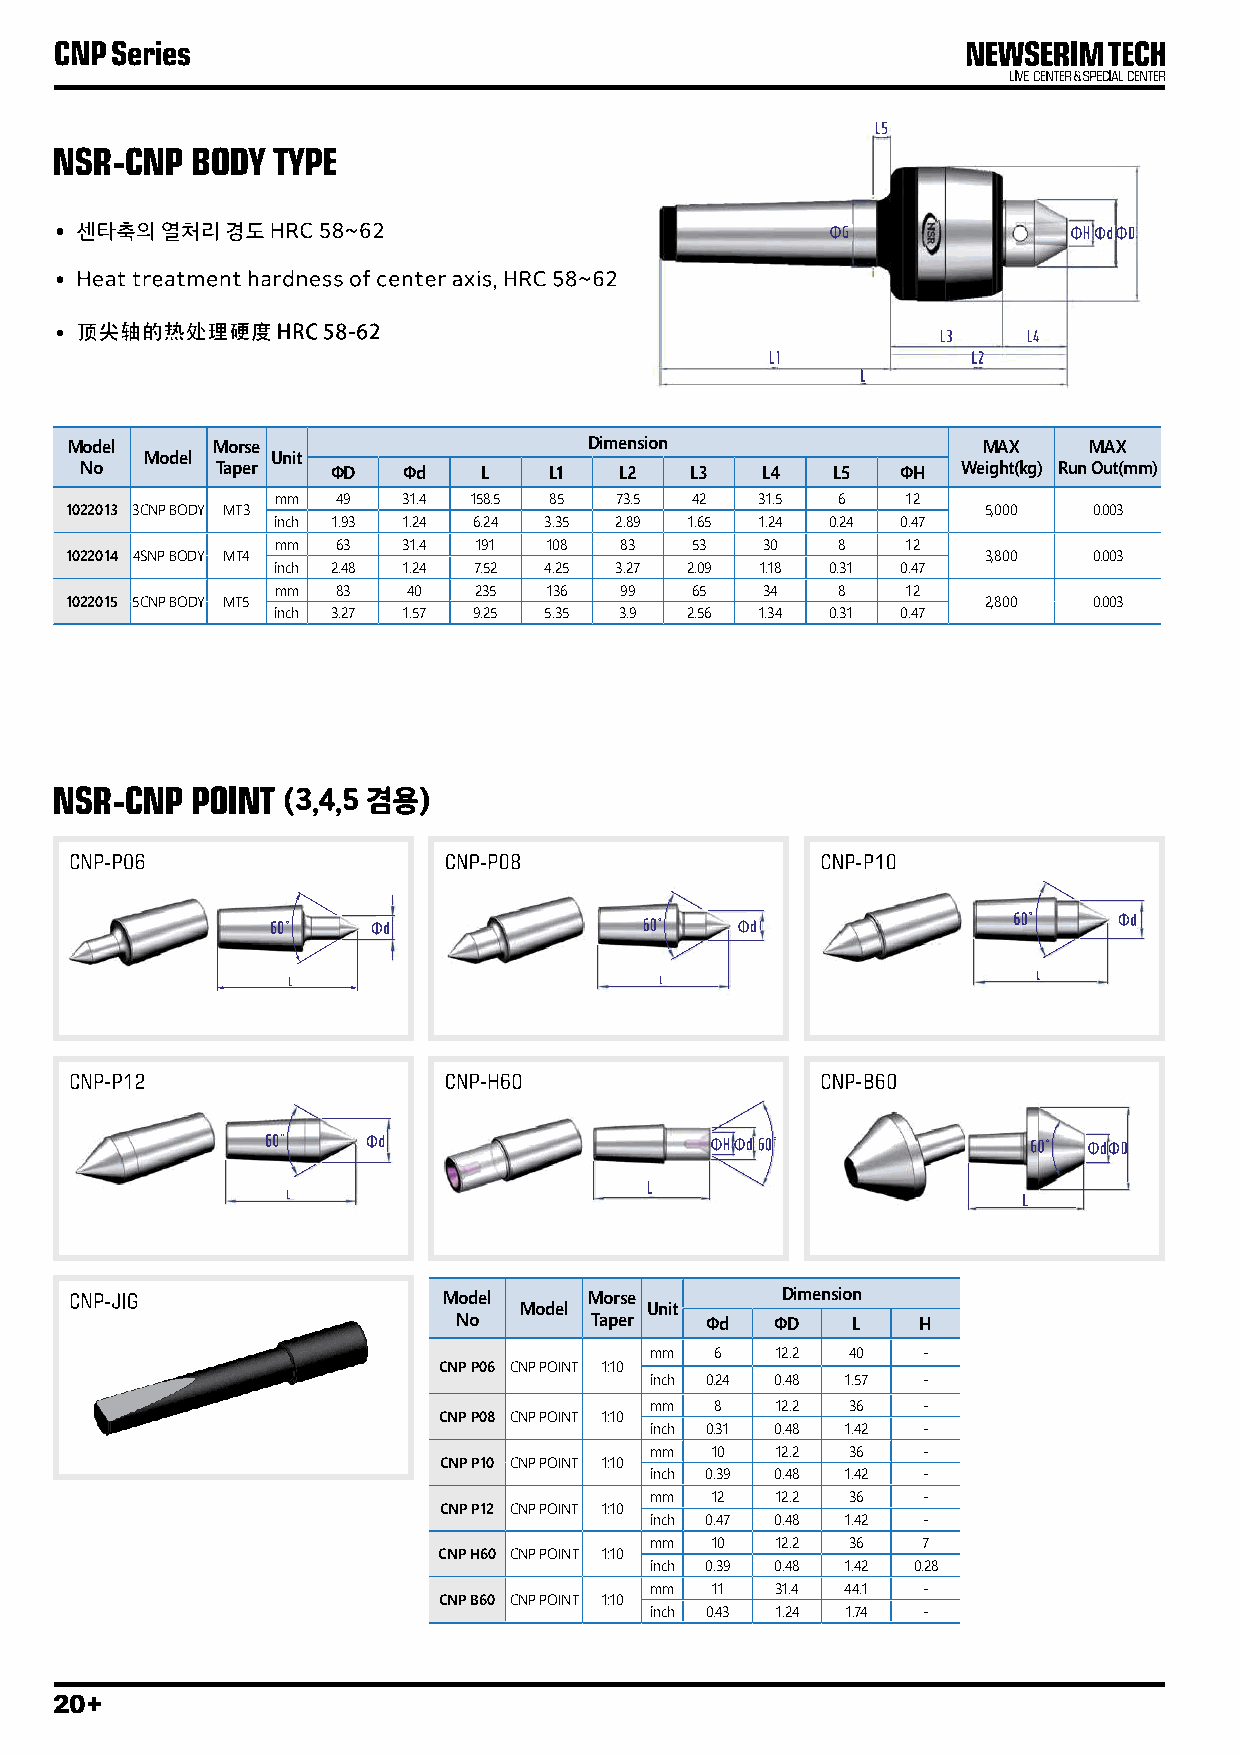
Model     Morse                    Dimension                 MAX    MAX
 Model   Unit
 No       Taper   ΦD   Φd   L   L1   L2   L3  L4   L5   ΦH  Weight(kg) Run Out(mm)
 mm  49   31.4 158.5 85 73.5 42  31.5 6    12
 1022013 3CNP BODY MT3                                        5,000  0.003
 inch 1.93 1.24 6.24 3.35 2.89 1.65 1.24 0.24 0.47
 mm  63   31.4 191 108  83   53  30   8    12
 1022014 4SNP BODY MT4                                        3,800  0.003
 inch 2.48 1.24 7.52 4.25 3.27 2.09 1.18 0.31 0.47
 mm  83   40  235  136  99   65  34   8    12
 1022015 5CNP BODY MT5                                        2,800  0.003
 inch 3.27 1.57 9.25 5.35 3.9 2.56 1.34 0.31 0.47
 Model     Morse        Dimension
 Model    Unit
 No       Taper   Φd  ΦD   L    H
 mm  6   12.2 40   -
 CNP P06 CNP POINT 1:10
 inch 0.24 0.48 1.57 -
 mm  8   12.2 36   -
 CNP P08 CNP POINT 1:10
 inch 0.31 0.48 1.42 -
 mm  10  12.2 36   -
 CNP P10 CNP POINT 1:10
 inch 0.39 0.48 1.42 -
 mm  12  12.2 36   -
 CNP P12 CNP POINT 1:10
 inch 0.47 0.48 1.42 -
 mm  10  12.2 36   7
 CNP H60 CNP POINT 1:10
 inch 0.39 0.48 1.42 0.28
 mm  11  31.4 44.1 -
 CNP B60 CNP POINT 1:10
 inch 0.43 1.24 1.74 -
 20+